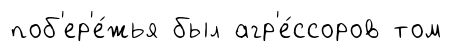
поб'ер'е́жья был агр'е́ссоров том